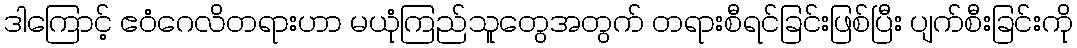
ဒါကြောင့် ဧဝံဂေလိတရားဟာ မယုံကြည်သူတွေအတွက် တရားစီရင်ခြင်းဖြစ်ပြီး ပျက်စီးခြင်းကို